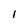
Character: 1